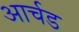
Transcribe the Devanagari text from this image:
आर्चड